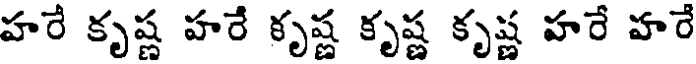
హరే కృష్ణ హరే కృష్ణ కృష్ణ కృష్ణ హరే హరే